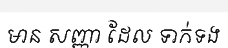
មាន សញ្ញា ដែល ទាក់ទង